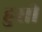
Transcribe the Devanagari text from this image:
हुसी